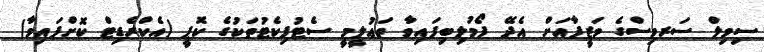
ސިވިލް ސަރވިސްގެ ވަޒީފާއަށް އެދޭ ފޯމުލިބިފައިވާ ތަޢުލީމީ ސެޓުފިކެޓުތަކުގެ ކޮޕީ (އެކްރެޑިޓް ކޮށްފައިވާ)